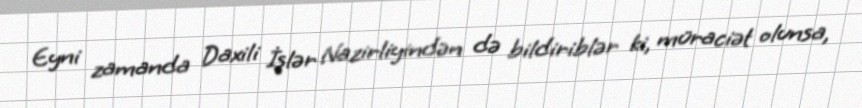
Eyni zamanda Daxili İşlər Nazirliyindən də bildiriblər ki, müraciət olunsa,